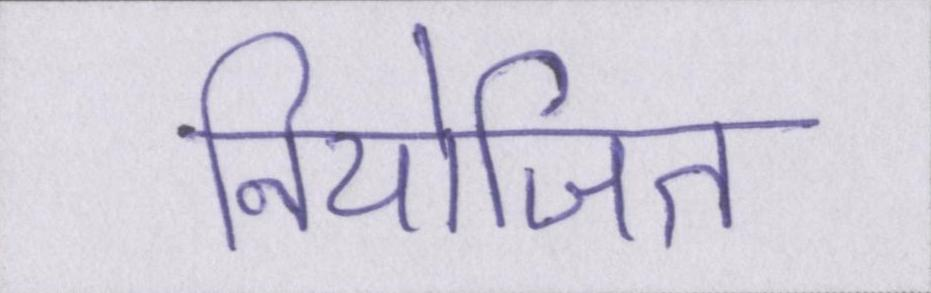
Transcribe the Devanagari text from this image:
नियोजित